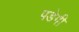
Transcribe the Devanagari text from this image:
पडेगी